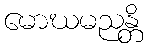
မောဃမညန္တိ